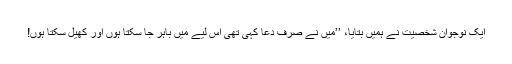
ایک نوجوان شخصیت نے ہمیں بتایا، ’’میں نے صرف دعا کہی تھی اِس لیے میں باہر جا سکتا ہوں اور کھیل سکتا ہوں!